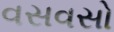
વસવસો